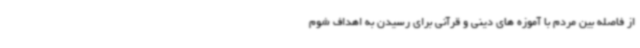
از فاصله بین مردم با آموزه های دینی و قرآنی برای رسیدن به اهداف شوم